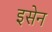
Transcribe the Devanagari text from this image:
इसेन